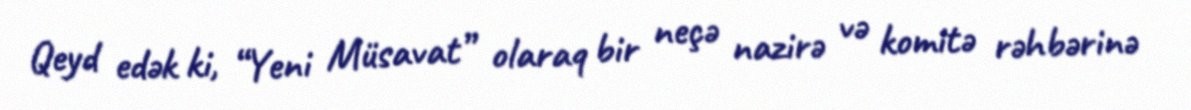
Qeyd edək ki, “Yeni Müsavat” olaraq bir neçə nazirə və komitə rəhbərinə